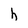
Character: h